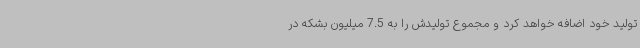
تولید خود اضافه خواهد کرد و مجموع تولیدش را به 7.5 میلیون بشکه در